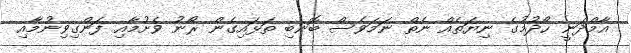
އާމްދަނީ ހޯދުމުގެ ނިޔަތެއް ނެތް ނަމަވެސް ބޮނބި ތަޅައިގެން ރޯނު ވެށުމާއި ފަންގިވިނުމާއި